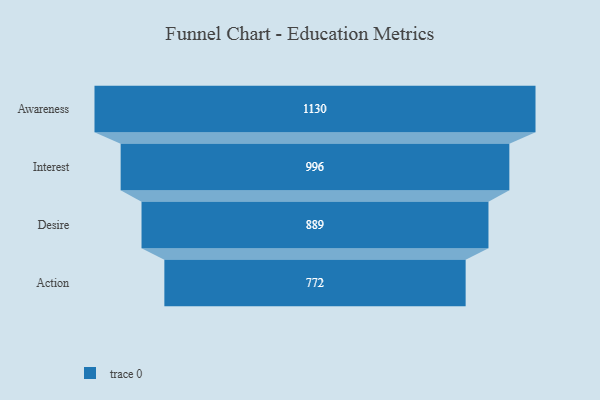
{"axis": {"x": "Stage", "y": "Value"}, "legend": [""], "data": [{"x": "Awareness", "y": 1130.0, "type": ""}, {"x": "Interest", "y": 996.0, "type": ""}, {"x": "Desire", "y": 889.0, "type": ""}, {"x": "Action", "y": 772.0, "type": ""}]}